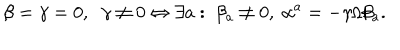
LaTeX: \beta = \gamma = 0 , \; \; \gamma \neq 0 \Leftrightarrow \exists a : \; \beta _ { a } \neq 0 , \; \alpha ^ { a } = - \gamma / \beta _ { a } .